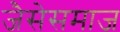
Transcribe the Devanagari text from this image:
जैसेसमाज